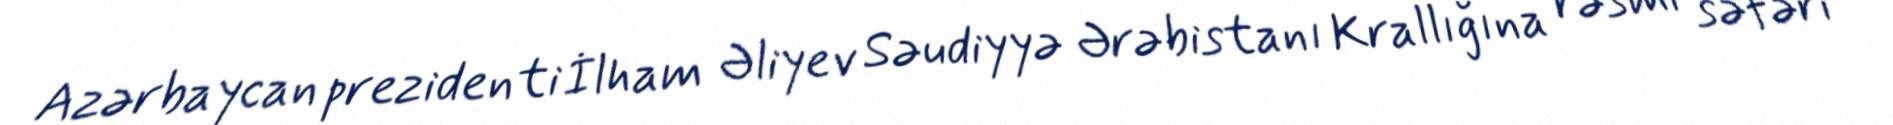
Azərbaycan prezidenti İlham Əliyev Səudiyyə Ərəbistanı Krallığına rəsmi səfəri